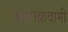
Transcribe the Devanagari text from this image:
अलाक़वामी